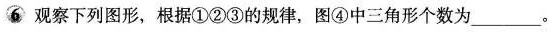
6 观察下列图形，根据①②③的规律，图④中三角形个数为___。